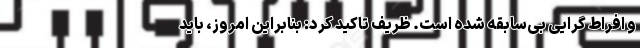
و افراط گرایی بی‌سابقه شده است. ظریف تاکید کرد: بنابراین امروز، باید